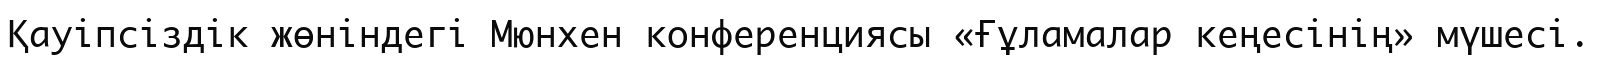
Қауіпсіздік жөніндегі Мюнхен конференциясы «Ғұламалар кеңесінің» мүшесі.